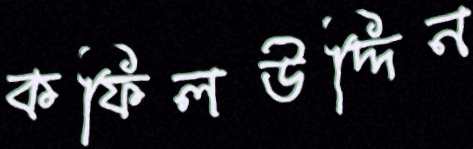
কফিলউদ্দিন